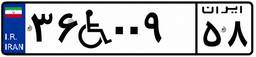
۳۶W۰۰۹۵۸